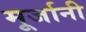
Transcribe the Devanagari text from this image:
मूर्जानी